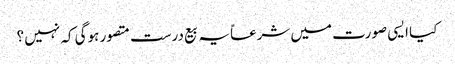
کیا ایسی صورت میں شرعاً یہ بیع درست متصور ہوگی کہ نہیں ؟